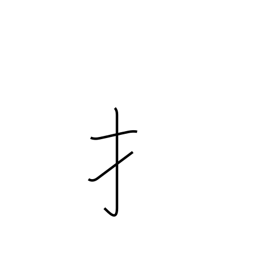
Meaning: hand radical (no. 64)